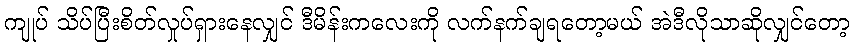
ကျုပ် သိပ်ပြီးစိတ်လှုပ်ရှားနေလျှင် ဒီမိန်းကလေးကို လက်နက်ချရတော့မယ် အဲဒီလိုသာဆိုလျှင်တော့